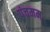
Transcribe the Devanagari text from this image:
पंचमम्